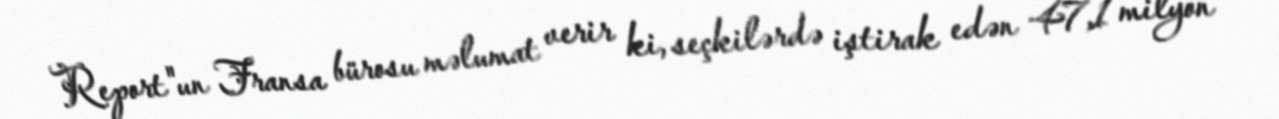
Report"un Fransa bürosu məlumat verir ki, seçkilərdə iştirak edən 47,1 milyon